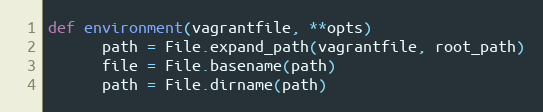
Language: Ruby
def environment(vagrantfile, **opts)
      path = File.expand_path(vagrantfile, root_path)
      file = File.basename(path)
      path = File.dirname(path)